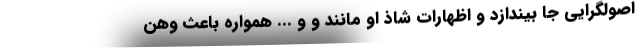
اصولگرایی جا بیندازد و اظهارات شاذ او مانند و و ... همواره باعث وهن